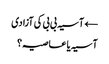
← آسیہ بی بی کی آزادی
آسیہ یا عاصیہ؟